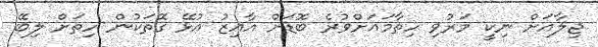
ޖިލާއަށް ނިކީ މަރުވި ހިތާމައަށްވުރެ ބޮޑަށް އާއިޒު އުޅޭ ގޮތަކުން ހިތަށް ލިބޭ